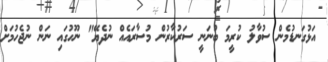
އަޅުގަނޑުމެން ސުވާލު ކުރީމަ ބުނަނީ ސަރުކާރުން މުސާރައެއް ނުދެޔޭ" ނޫހުގައި ނަން ނުޖެހުމަށް